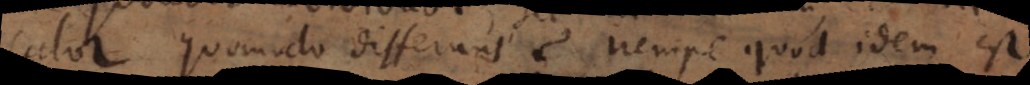
calor quomodo differunt? Nempe quod idem est